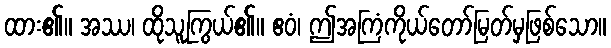
ထား၏။ အဿ၊ ထိုသူကြွယ်၏။ ဧဝံ၊ ဤအကြံကိုယ်တော်မြတ်မှဖြစ်သော။